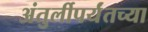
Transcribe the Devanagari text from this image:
अंतुर्लीपर्यंतच्या